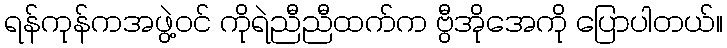
ရန်ကုန်ကအဖွဲ့ဝင် ကိုရဲညီညီထက်က ဗွီအိုအေကို ပြောပါတယ်။